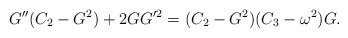
\begin{align*}G''( C_2 - G^2 ) + 2GG'^2 = ( C_2 - G^2 )( C_3 - \omega^2 )G.\end{align*}